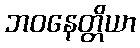
ဘဝနေတ္တိယာ